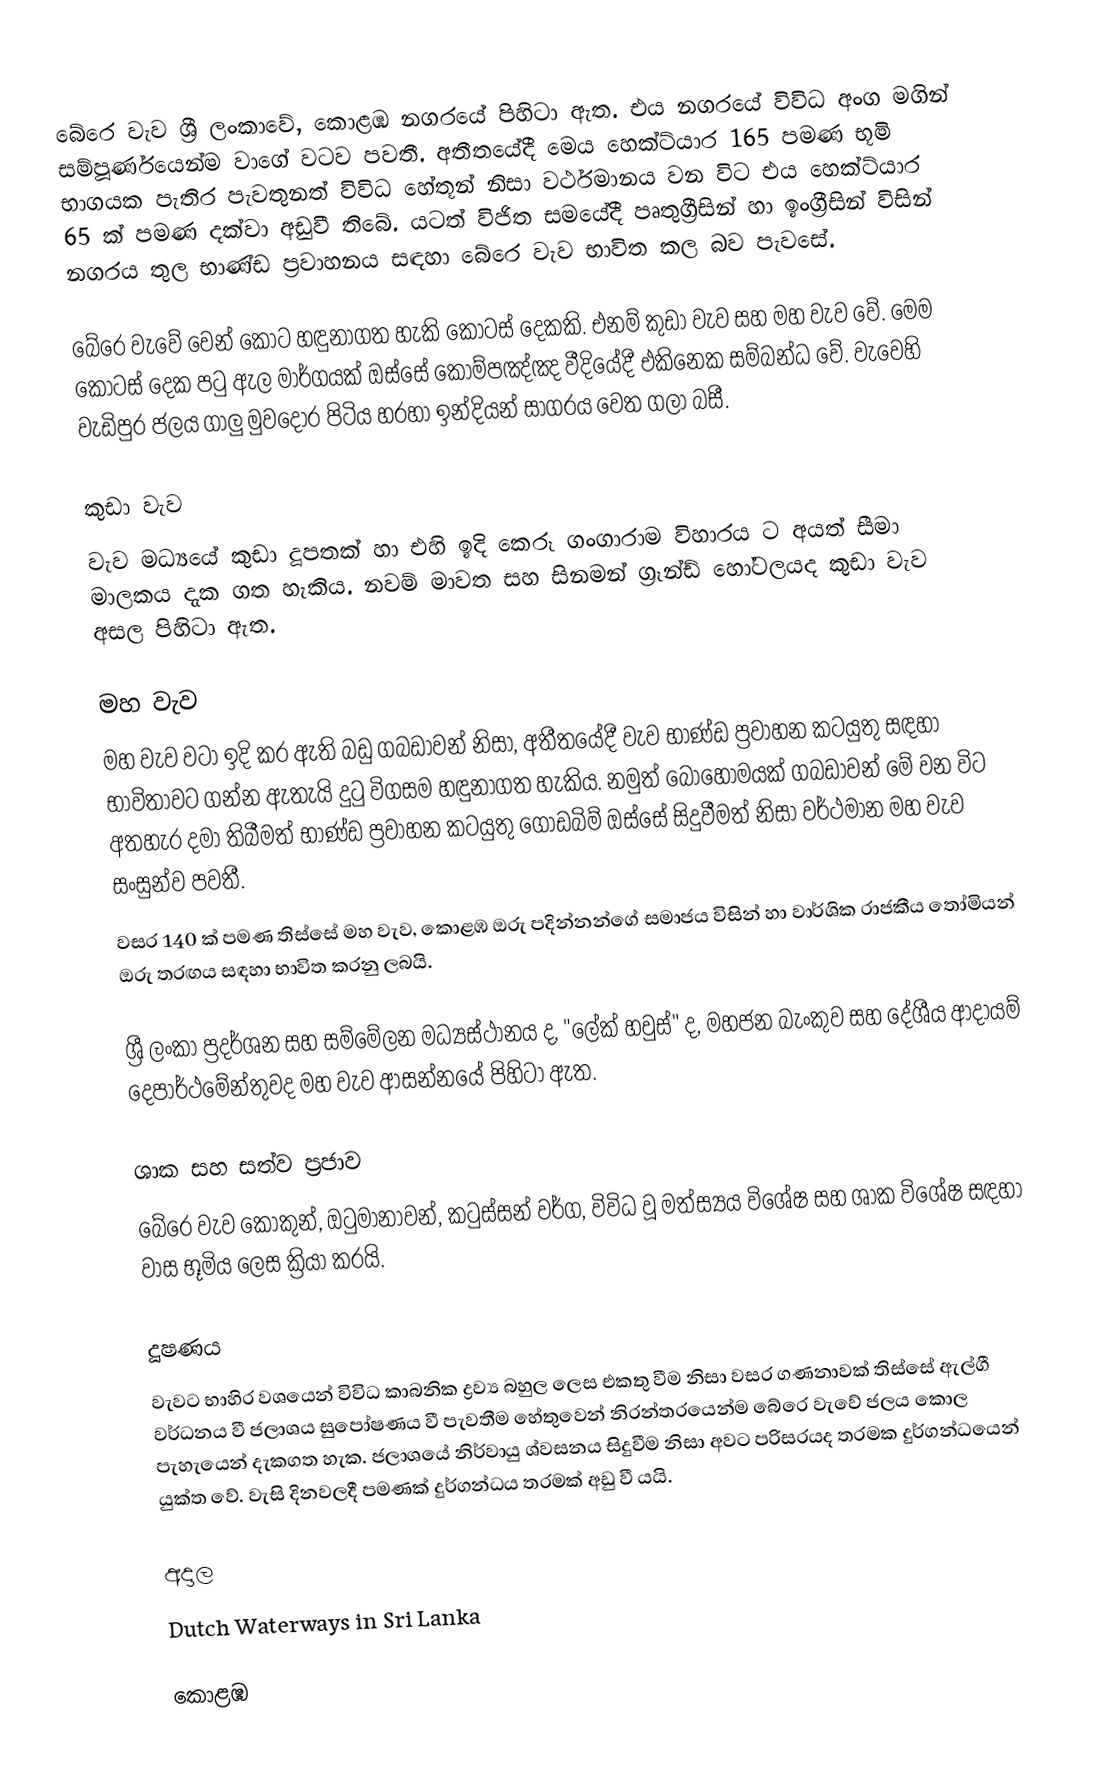
බේරෙ වැව ශ්‍රී ලංකාවේ, කොළඹ නගරයේ පිහිටා ඇත. එය නගරයේ විවිධ අංග මගින් සම්පූර්ණයෙන්ම වාගේ වටව පවතී. අතීතයේදී මෙය හෙක්ට්යාර 165 පමණ භූමි භාගයක පැතිර පැවතුනත් විවිධ හේතූන් නිසා වර්ථමානය වන විට එය හෙක්ට්යාර 65 ක් පමණ දක්වා අඩුවී තිබේ. යටත් විජිත සමයේදී පෘතුග්‍රීසින් හා ඉංග්‍රීසින් විසින් නගරය තුල භාණ්ඩ ප්‍රවාහනය සඳහා බේරෙ වැව භාවිත කල බව පැවසේ.

බේරෙ වැවේ වෙන් කොට හඳුනාගත හැකි කොටස් දෙකකි. එනම් කුඩා වැව සහ මහ වැව වේ. මෙම කොටස් දෙක පටු ඇල මාර්ගයක් ඔස්සේ කොම්පඤ්ඤ වීදියේදී එකිනෙක සම්බන්ධ වේ. වැවෙහි වැඩිපුර ජලය ගාලු මුවදොර පිටිය හරහා  ඉන්දියන් සාගරය වෙත ගලා බසී.

කුඩා වැව
වැව මධ්‍යයේ කුඩා දූපතක් හා එහි ඉදි කෙරූ  ගංගාරාම විහාරය ට අයත් සීමා මාලකය දැක ගත හැකිය. නවම් මාවත සහ සිනමන් ග්‍රෑන්ඩ් හෝටලයද කුඩා වැව අසල පිහිටා ඇත.

මහ වැව
මහ වැව වටා ඉදි කර ඇති බඩු ගබඩාවන් නිසා, අතීතයේදී වැව භාණ්ඩ ප්‍රවාහන කටයුතු සඳහා භාවිතාවට ගන්න ඇතැයි දුටු විගසම හඳුනාගත හැකිය. නමුත් බොහොමයක් ගබඩාවන් මේ වන විට අතහැර දමා තිබීමත් භාණ්ඩ ප්‍රවාහන කටයුතු ගොඩබිම් ඔස්සේ සිදුවීමත් නිසා වර්ථමාන මහ වැව සංසුන්ව පවතී.
වසර 140 ක් පමණ තිස්සේ මහ වැව, කොළඹ ඔරු පදින්නන්ගේ සමාජය විසින් හා වාර්ශික රාජකීය තෝමියන් ඔරු තරඟය සඳහා භාවිත කරනු ලබයි.

ශ්‍රී ලංකා ප්‍රදර්ශන සහ සම්මේලන මධ්‍යස්ථානය ද, "ලේක් හවුස්" ද, මහජන බැංකුව සහ දේශීය ආදායම් දෙපාර්ථමේන්තුවද මහ වැව ආසන්නයේ පිහිටා ඇත.

ශාක සහ සත්ව ප්‍රජාව
බේරෙ වැව  කොකුන්, ඔටුමානාවන්, කටුස්සන් වර්ග, විවිධ වූ මත්ස්‍යය විශේෂ සහ ශාක විශේෂ සඳහා වාස භූමිය ලෙස ක්‍රියා කරයි.

දූෂණය
වැවට භාහිර වශයෙන් විවිධ කාබනික ද්‍රව්‍ය බහුල ලෙස එකතු වීම නිසා වසර ගණනාවක් තිස්සේ ඇල්ගී වර්ධනය වී ජලාශය සුපෝෂණය වී පැවතීම හේතුවෙන් නිරන්තරයෙන්ම බේරෙ වැවේ ජලය කොල පැහැයෙන් දැකගත හැක. ජලාශයේ නිර්වායු ශ්වසනය සිදුවීම නිසා අවට පරිසරයද තරමක දුර්ගන්ධයෙන් යුක්ත වේ. වැසි දිනවලදී පමණක් දුර්ගන්ධය තරමක් අඩු වී යයි.

අදාල
 Dutch Waterways in Sri Lanka

කොළඹ